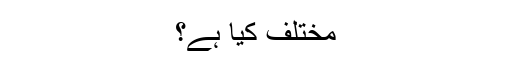
مختلف کیا ہے؟